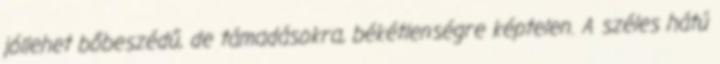
jóllehet bőbeszédű, de támadásokra, békétlenségre képtelen. A széles hátú